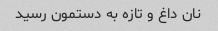
نان داغ و تازه به دستمون رسید